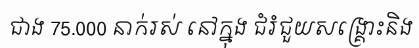
ជាង 75.000 នាក់រស់ នៅក្នុង ជំរំជួយសង្គ្រោះនិង